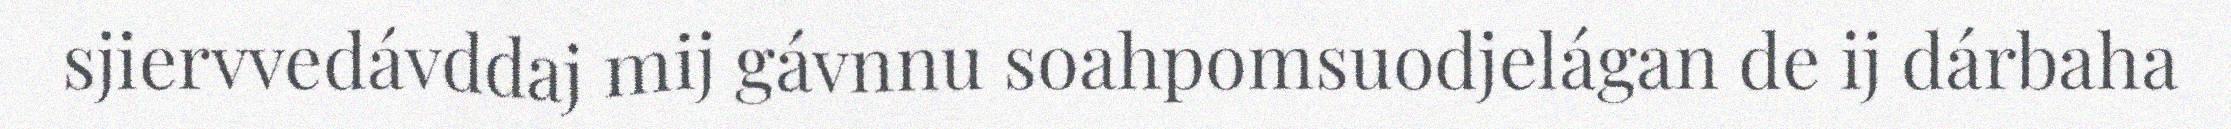
sjiervvedávddaj mij gávnnu soahpomsuodjelágan de ij dárbaha